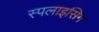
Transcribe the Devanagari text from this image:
स्पलाइसिंग